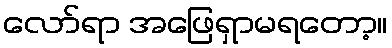
လော်ရာ အဖြေရှာမရတော့။